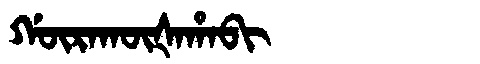
Manchu: ᡤᡡᡵᠠᡴᡡᡧᠠᡥᠠᠪᡳ
Romanization: GŪRAKŪŠAHABI